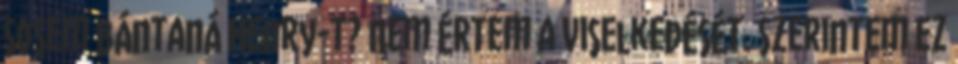
sosem bántaná Henry-t? Nem értem a viselkedését. Szerintem ez